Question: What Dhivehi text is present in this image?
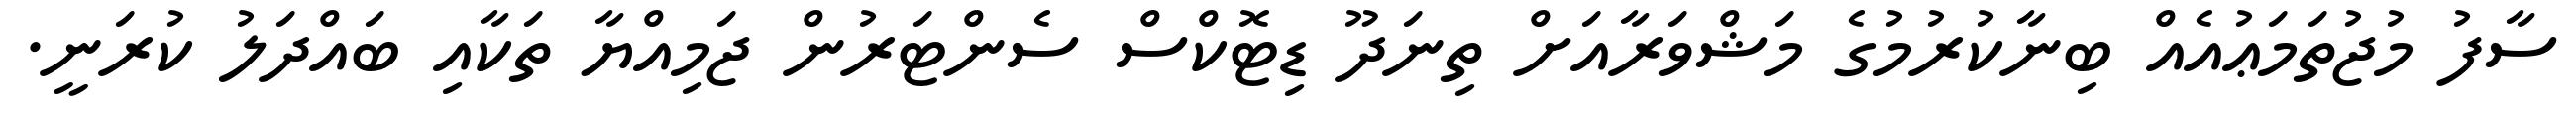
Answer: ސާފު މުޖުތަމަޢުއެއް ބިނާކުރުމުގެ މަޝްވަރާއަށް ތިނަދޫ ޑިޓޮކްސް ސެންޓަރުން ޖަމިއްޔާ ތަކާއި ބައްދަލު ކުރަނީ.